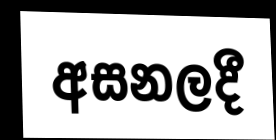
අසනලදී